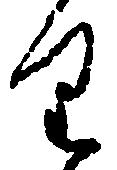
り